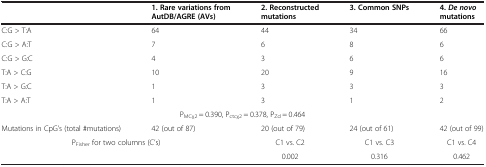
<table><thead><tr><td><b> </b></td><td><b>1. Rare variations from AutDB/AGRE (AVs)</b></td><td><b>2. Reconstructed mutations</b></td><td><b>3. Common SNPs</b></td><td><b>4. <i>De novo </i>mutations</b></td></tr></thead><tbody><tr><td>C:G &gt; T:A</td><td>64</td><td>44</td><td>34</td><td>66</td></tr><tr><td>C:G &gt; A:T</td><td>7</td><td>6</td><td>8</td><td>6</td></tr><tr><td>C:G &gt; G:C</td><td>4</td><td>3</td><td>6</td><td>6</td></tr><tr><td>T:A &gt; C:G</td><td>10</td><td>20</td><td>9</td><td>16</td></tr><tr><td>T:A &gt; G:C</td><td>1</td><td>3</td><td>3</td><td>3</td></tr><tr><td>T:A &gt; A:T</td><td>1</td><td>3</td><td>1</td><td>2</td></tr><tr><td colspan="5">P<sub>MCχ2</sub> = 0.390, P<sub>ctcχ2</sub> = 0.378, P<sub>Zd</sub> = 0.464</td></tr><tr><td>Mutations in CpG’s (total #mutations)</td><td>42 (out of 87)</td><td>20 (out of 79)</td><td>24 (out of 61)</td><td>42 (out of 99)</td></tr><tr><td rowspan="2" colspan="2">P<sub>Fisher</sub> for two columns (C’s)</td><td>C1 vs. C2</td><td>C1 vs. C3</td><td>C1 vs. C4</td></tr><tr><td>0.002</td><td>0.316</td><td>0.462</td></tr></tbody></table>